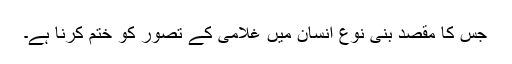
جس کا مقصد بنی نوع انسان میں غلامی کے تصور کو ختم کرنا ہے۔